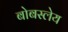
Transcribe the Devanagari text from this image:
बोबस्लेय